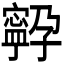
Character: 𭔤